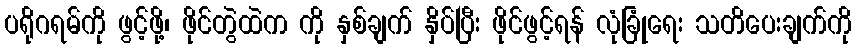
ပရိုဂရမ်ကို ဖွင့်ဖို့၊ ဖိုင်တွဲထဲက ကို နှစ်ချက် နှိပ်ပြီး ဖိုင်ဖွင့်ရန် လုံခြုံရေး သတိပေးချက်ကို